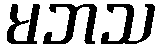
မဘသ